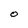
Character: O